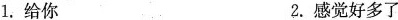
1.给你 2.感觉好多了